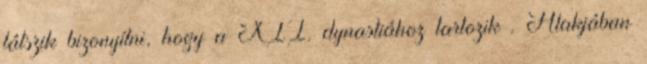
látszik bizonyítni, hogy a XII. dynastiához tartozik . Alakjában